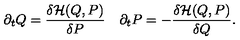
\partial _ { t } Q = \frac { \delta { \cal H } ( Q , P ) } { \delta P } \quad \partial _ { t } P = - \frac { \delta { \cal H } ( Q , P ) } { \delta Q } .